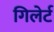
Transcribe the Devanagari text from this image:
गिलेर्ट